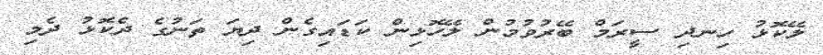
ލޭކޮޅު ހިނދި ސީރަމް ބޭރުވުމުން ލޭހޮޅިން ކަޑައިގެން ދިޔަ ތަނުގެ ދެކޮޅު ދެމި